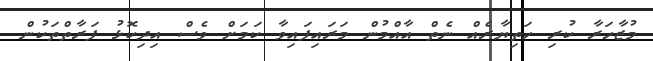
މުޒާހަރާ ކުރި ހަތިޔާރެއް ނެތް އާއްމުން މަރައިފައިވާ ކަމަށް ވެސް އިދިކޮޅު ފަރާތްތަކުން